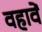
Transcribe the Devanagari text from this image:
वहावें